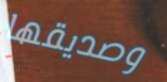
وصديقها